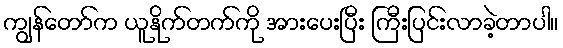
ကျွန်တော်က ယူနိုက်တက်ကို အားပေးပြီး ကြီးပြင်းလာခဲ့တာပါ။